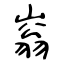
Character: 嵡